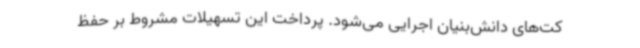
کت‌های دانش‌بنیان اجرایی می‌شود. پرداخت این تسهیلات مشروط بر حفظ